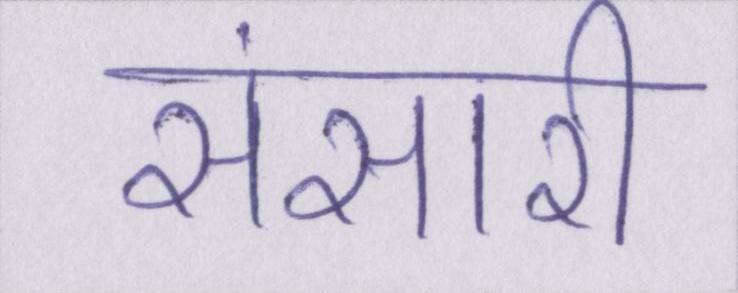
संसारी